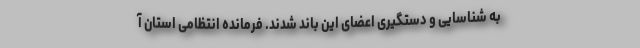
به شناسایی و دستگیری اعضای این باند شدند. فرمانده انتظامی استان آ